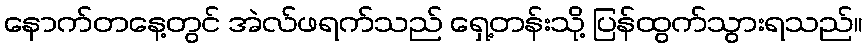
နောက်တနေ့တွင် အဲလ်ဖရက်သည် ရှေ့တန်းသို့ ပြန်ထွက်သွားရသည်။